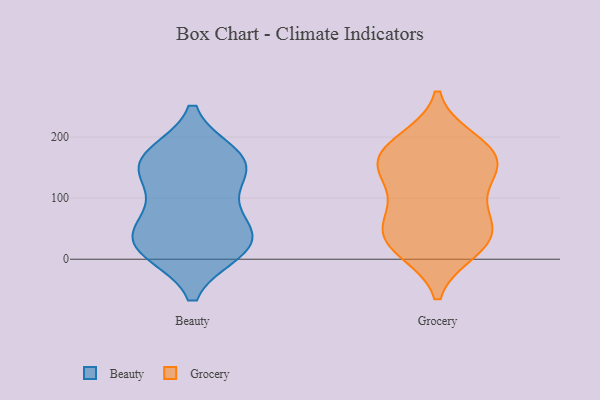
{"axis": {"x": "Conversion Rate (%)", "y": "Value"}, "legend": ["Beauty", "Grocery"], "data": [{"x": "", "y": 29, "type": "Beauty"}, {"x": "", "y": 40, "type": "Beauty"}, {"x": "", "y": 145, "type": "Beauty"}, {"x": "", "y": 169, "type": "Beauty"}, {"x": "", "y": 90, "type": "Beauty"}, {"x": "", "y": 155, "type": "Beauty"}, {"x": "", "y": 66, "type": "Beauty"}, {"x": "", "y": 15, "type": "Beauty"}, {"x": "", "y": 162, "type": "Beauty"}, {"x": "", "y": 18, "type": "Beauty"}, {"x": "", "y": 154, "type": "Beauty"}, {"x": "", "y": 22, "type": "Beauty"}, {"x": "", "y": 171, "type": "Grocery"}, {"x": "", "y": 46, "type": "Grocery"}, {"x": "", "y": 16, "type": "Grocery"}, {"x": "", "y": 193, "type": "Grocery"}, {"x": "", "y": 95, "type": "Grocery"}, {"x": "", "y": 144, "type": "Grocery"}, {"x": "", "y": 20, "type": "Grocery"}, {"x": "", "y": 53, "type": "Grocery"}, {"x": "", "y": 183, "type": "Grocery"}, {"x": "", "y": 66, "type": "Grocery"}, {"x": "", "y": 30, "type": "Grocery"}, {"x": "", "y": 151, "type": "Grocery"}, {"x": "", "y": 168, "type": "Grocery"}, {"x": "", "y": 133, "type": "Grocery"}]}